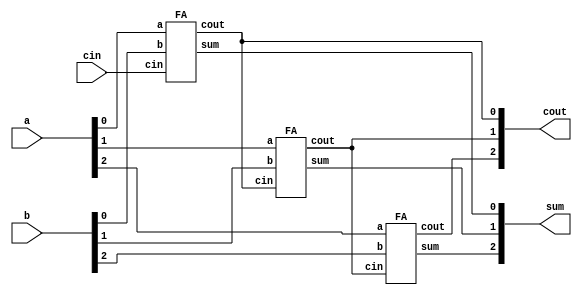
module top_module( 
    input [2:0] a, b,
    input cin,
    output [2:0] cout,
    output [2:0] sum );

    FA FA1 ( a[0], b[0], cin, cout [0], sum [0]);
    FA FA2 ( a[1], b[1], cout[0], cout [1], sum [1]);
    FA FA3 ( a[2], b[2], cout[1], cout [2], sum [2]);
    
endmodule    
    		module FA(input a,b, cin,
                      output cout, sum);
    			wire w1,w2,w3, w4;
    			xor (w1, a,b);
    			xor (sum, cin, w1);
    
    			and (w2, a,b);
        		and (w3, b,cin);
    			and (w4, a,cin);
    			or (cout, w2,w3,w4);
			endmodule